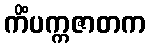
ကိံပက္ကဇာတက